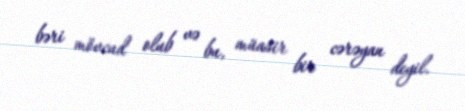
bəri mövcud olub və bu, müasir bir cərəyan deyil.